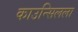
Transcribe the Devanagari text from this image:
काउन्सिलला